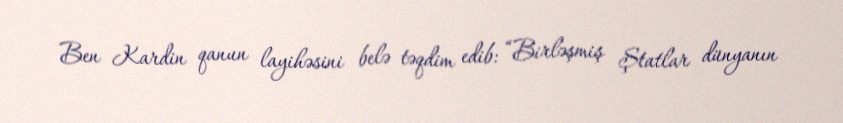
Ben Kardin qanun layihəsini belə təqdim edib: “Birləşmiş Ştatlar dünyanın